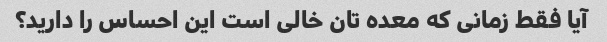
آیا فقط زمانی که معده تان خالی است این احساس را دارید؟